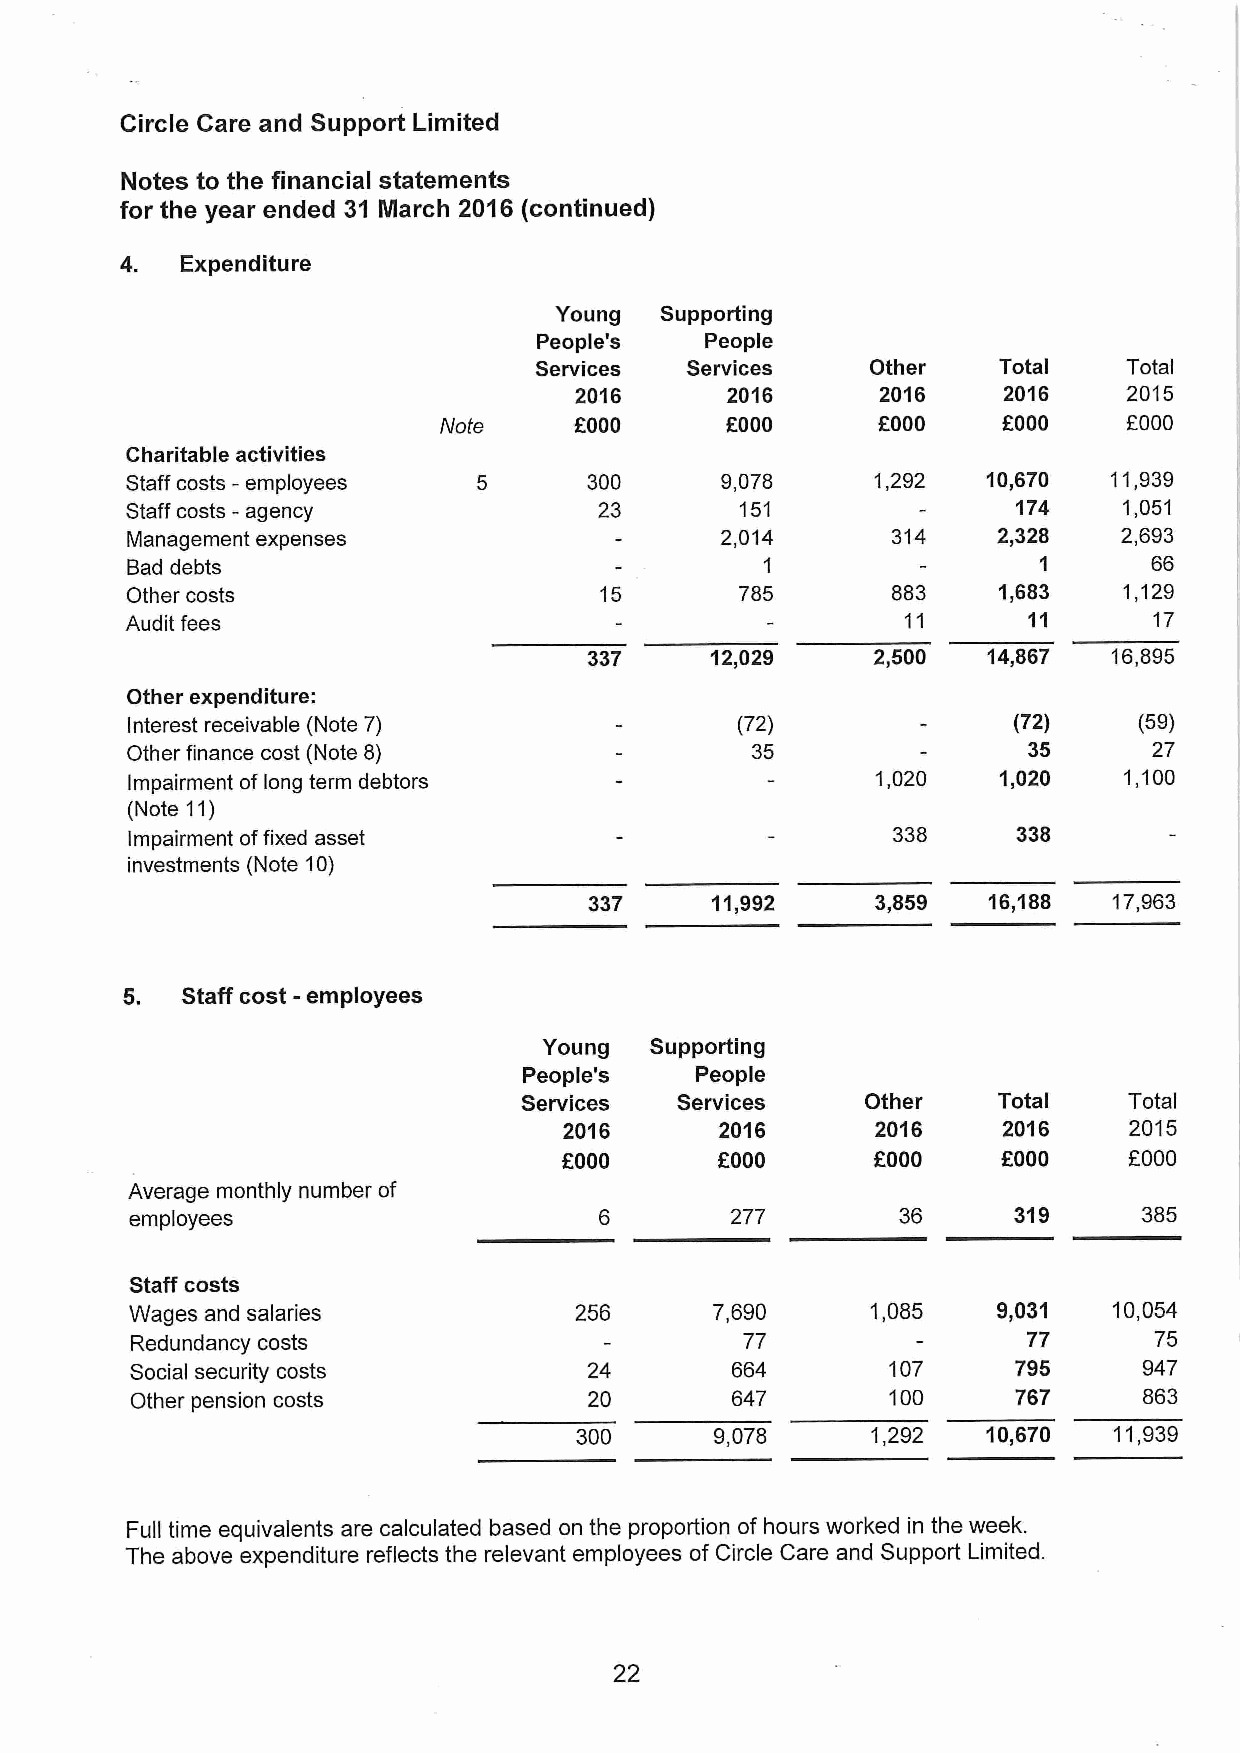
Circle Care and Support Limited
 Notes to the financial statements
 for the year ended 31 March 20'i6 (continued)
 4.  Expenditure
 Young  Supporting
 People' s  People
 Services  Services     Other   Total    Total
 2016      2016      2016    2016     2015
 Note     f000      f000      OOOO    f.000    f000
 Charitable activities
 Staff costs -employees         300      9,078     1,292  10,670   11,939
 Staff costs -agency             23       151               174    1,051
 Management expenses                     2,014      314    2,328   2,693
 Bad debts                                  1                 1      66
 Other costs                     15       785       883    1,683   1,129
 Audit fees                                          11      11      17
 337     12,029     2,500  14,867   16,895
 Other expenditure:
 Interest receivable (Note 7)             (72)              (72)    (59)
 Other finance cost (Note 8)               35                35      27
 Impairment of long term debtors                   1,020   1,020   1,100
 (Note 11)
 Impairment offixed asset                           338     338
 investments (Note 10)
 337     11,992     3,859  16,188   17,963
 5.  Staff cost -employees
 Young  Supporting
 People' s  People
 Services   Services    Other    Total    Total
 2016       2016      2016    2016     2015
 f000       f000      f000    f000     f000
 Average monthly number of
 employees                              277         36     319      385
 Staff costs
 Wages and salaries           256      7,690      1,085   9,031   10,054
 Redundancy costs                        77                 77      75
 Social security costs         24       664        107     795      947
 Other pension costs           20       647        100     767      863
 300      9,078      1,292  10,670   11,939
 Full time equivalents are calculated based on the proportion of hours worked in the week.
 The above expenditure reflects the relevant employees of Circle Care and Support Limited.
 22